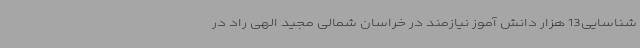
شناسایی13 هزار دانش آموز نیازمند در خراسان شمالی مجید الهی راد در